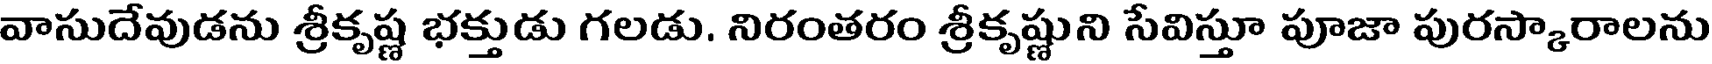
వాసుదేవుడను శ్రీకృష్ణ భక్తుడు గలడు. నిరంతరం శ్రీకృష్ణుని సేవిస్తూ పూజా పురస్కారాలను